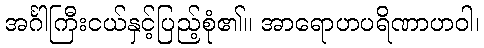
အင်္ဂါကြီးငယ်နှင့်ပြည့်စုံ၏။ အာရောဟပရိဏာဟဝါ၊